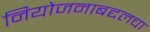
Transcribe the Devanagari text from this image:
नियोजनाबद्दलचा